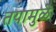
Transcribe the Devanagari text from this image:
तयामुळे